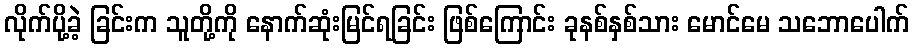
လိုက်ပို့ခဲ့ ခြင်းက သူတို့ကို နောက်ဆုံးမြင်ရခြင်း ဖြစ်ကြောင်း ခုနစ်နှစ်သား မောင်မေ သဘောပေါက်